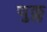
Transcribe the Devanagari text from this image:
युक्ल